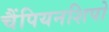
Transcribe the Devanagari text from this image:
चैंपियनशिपो